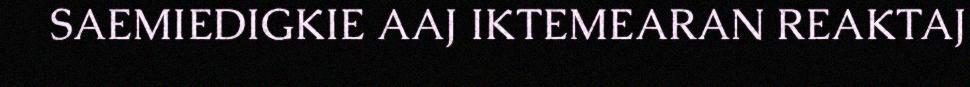
SAEMIEDIGKIE AAJ IKTEMEARAN REAKTAJ